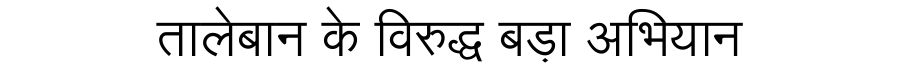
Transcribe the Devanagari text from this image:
तालेबान के विरुद्ध बड़ा अभियान